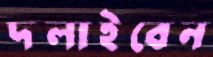
দলাইবেন